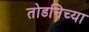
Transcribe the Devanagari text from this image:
तोडनिच्या